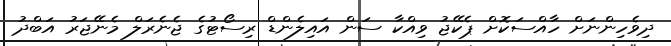
ދިވެހިންނަށް ހާއްސަކޮށް ޕެކޭޖު ވިއްކާ ސަން އައިލެންޑް ރިސޯޓުގެ ޖެނެރަލް މެނޭޖަރު އަބްދު